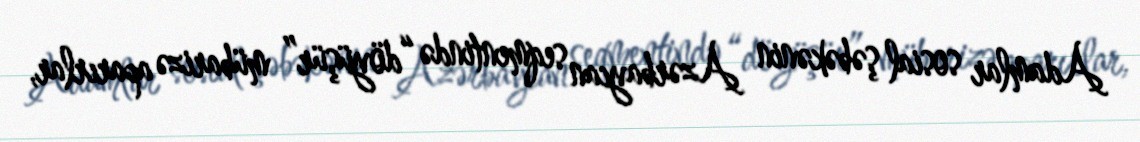
Adamlar sosial şəbəkənin Azərbaycan seqmentində “döyüşür” mübarizə aparırlar,